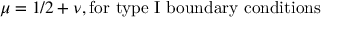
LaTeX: \mu = 1 / 2 + \nu , \mathrm { f o r ~ t y p e ~ I ~ b o u n d a r y ~ c o n d i t i o n s }